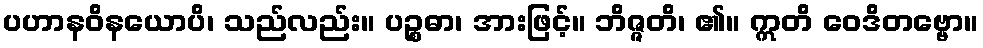
ပဟာနဝိနယောပိ၊ သည်လည်း။ ပဉ္စဓာ၊ အားဖြင့်။ ဘိဇ္ဇတိ၊ ၏။ ဣတိ ဝေဒိတဗ္ဗော။